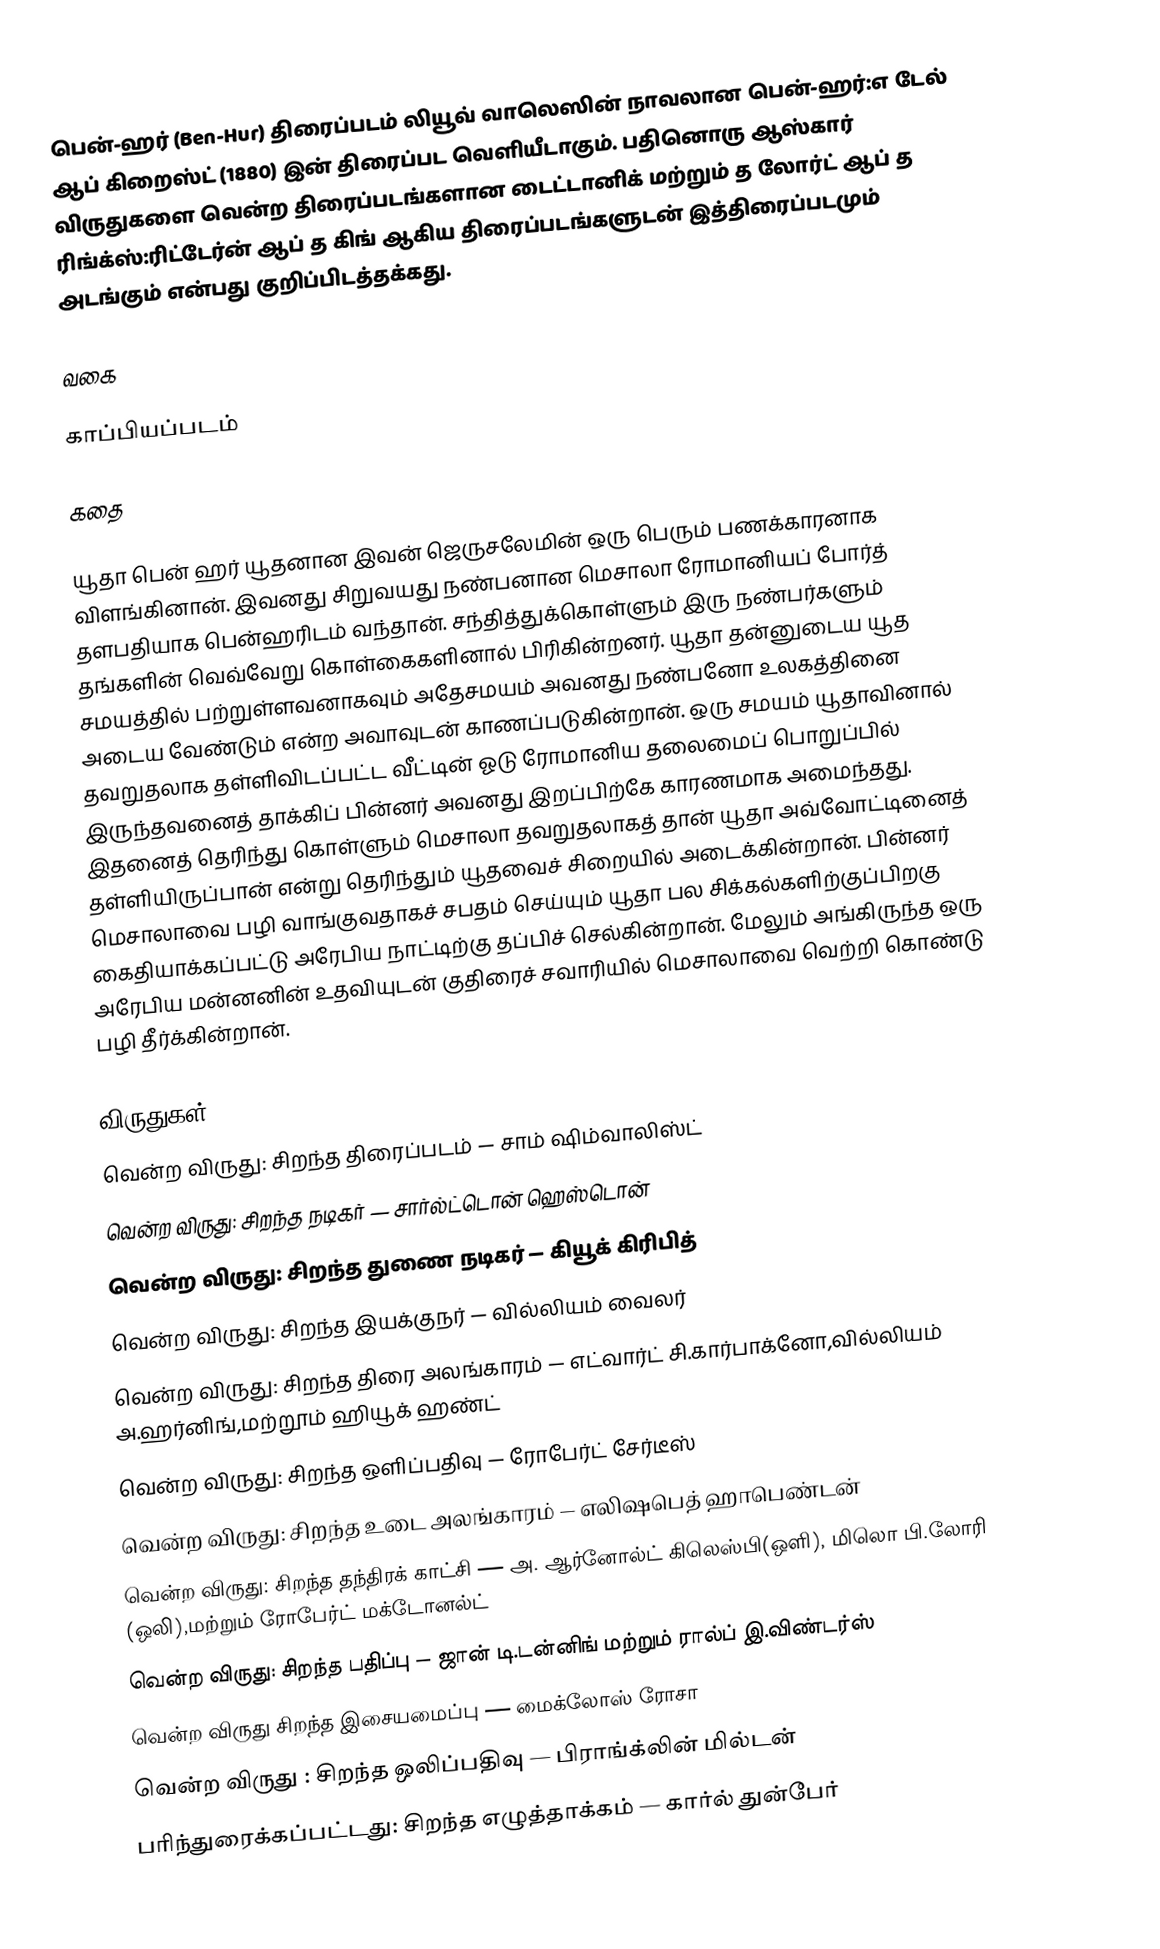
பென்-ஹர் (Ben-Hur) திரைப்படம் லியூவ் வாலெஸின் நாவலான பென்-ஹர்:எ டேல் ஆப் கிறைஸ்ட் (1880) இன் திரைப்பட வெளியீடாகும். பதினொரு ஆஸ்கார் விருதுகளை வென்ற திரைப்படங்களான டைட்டானிக் மற்றும் த லோர்ட் ஆப் த ரிங்க்ஸ்:ரிட்டேர்ன் ஆப் த கிங் ஆகிய திரைப்படங்களுடன் இத்திரைப்படமும் அடங்கும் என்பது குறிப்பிடத்தக்கது.

வகை

காப்பியப்படம்

கதை

யூதா பென் ஹர் யூதனான இவன் ஜெருசலேமின் ஒரு பெரும் பணக்காரனாக விளங்கினான். இவனது சிறுவயது நண்பனான மெசாலா ரோமானியப் போர்த் தளபதியாக பென்ஹரிடம் வந்தான். சந்தித்துக்கொள்ளும் இரு நண்பர்களும் தங்களின் வெவ்வேறு கொள்கைகளினால் பிரிகின்றனர். யூதா தன்னுடைய யூத சமயத்தில் பற்றுள்ளவனாகவும் அதேசமயம் அவனது நண்பனோ உலகத்தினை அடைய வேண்டும் என்ற அவாவுடன் காணப்படுகின்றான். ஒரு சமயம் யூதாவினால் தவறுதலாக தள்ளிவிடப்பட்ட வீட்டின் ஓடு ரோமானிய தலைமைப் பொறுப்பில் இருந்தவனைத் தாக்கிப் பின்னர் அவனது இறப்பிற்கே காரணமாக அமைந்தது. இதனைத் தெரிந்து கொள்ளும் மெசாலா தவறுதலாகத் தான் யூதா அவ்வோட்டினைத் தள்ளியிருப்பான் என்று தெரிந்தும் யூதவைச் சிறையில் அடைக்கின்றான். பின்னர் மெசாலாவை பழி வாங்குவதாகச் சபதம் செய்யும் யூதா பல சிக்கல்களிற்குப்பிறகு கைதியாக்கப்பட்டு அரேபிய நாட்டிற்கு தப்பிச் செல்கின்றான். மேலும் அங்கிருந்த ஒரு அரேபிய மன்னனின் உதவியுடன் குதிரைச் சவாரியில் மெசாலாவை வெற்றி கொண்டு பழி தீர்க்கின்றான்.

விருதுகள்
 வென்ற விருது: சிறந்த திரைப்படம் — சாம் ஷிம்வாலிஸ்ட்
 வென்ற விருது: சிறந்த நடிகர் — சார்ல்ட்டொன் ஹெஸ்டொன்
 வென்ற விருது: சிறந்த துணை நடிகர் — கியூக் கிரிபித்
 வென்ற விருது: சிறந்த இயக்குநர் — வில்லியம் வைலர்
 வென்ற விருது: சிறந்த திரை அலங்காரம் — எட்வார்ட் சி.கார்பாக்னோ,வில்லியம் அ.ஹர்னிங்,மற்றூம் ஹியூக் ஹண்ட்
 வென்ற விருது: சிறந்த ஒளிப்பதிவு — ரோபேர்ட் சேர்டீஸ்
 வென்ற விருது: சிறந்த உடை அலங்காரம் — எலிஷபெத் ஹாபெண்டன்
 வென்ற விருது: சிறந்த தந்திரக் காட்சி — அ. ஆர்னோல்ட் கிலெஸ்பி(ஒளி), மிலொ பி.லோரி (ஒலி),மற்றும் ரோபேர்ட் மக்டோனல்ட்
 வென்ற விருது: சிறந்த பதிப்பு — ஜான் டி.டன்னிங் மற்றும் ரால்ப் இ.விண்டர்ஸ்
 வென்ற விருது சிறந்த இசையமைப்பு — மைக்லோஸ் ரோசா
 வென்ற விருது : சிறந்த ஒலிப்பதிவு — பிராங்க்லின் மில்டன்
 பரிந்துரைக்கப்பட்டது: சிறந்த எழுத்தாக்கம் — கார்ல் துன்பேர்